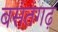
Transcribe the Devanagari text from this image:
बसंतगढ़